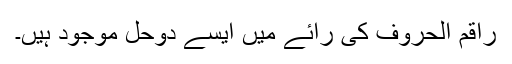
راقم الحروف کی رائے میں ایسے دوحل موجود ہیں۔